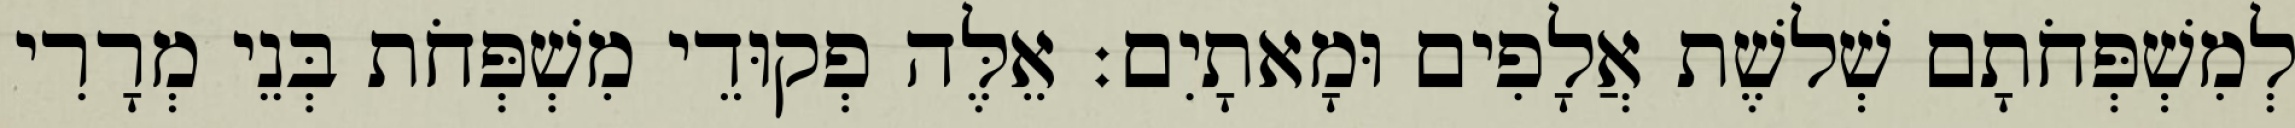
לְמִשְׁפְּחֹתָם שְׁלשֶׁת אֲלָפִים וּמָאתָיִם׃ אֵלֶּה פְקוּדֵי מִשְׁפְּחֹת בְּנֵי מְרָרִי